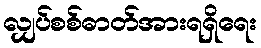
လျှပ်စစ်ဓာတ်အားရရှိရေး